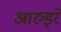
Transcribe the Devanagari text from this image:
आरुइरे